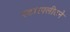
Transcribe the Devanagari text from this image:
स्टारफ्लीटने